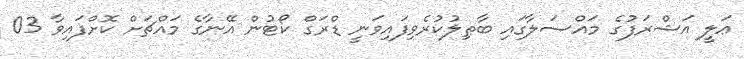
ޢަލީ އަޝްރަފުގެ މައްސަލާގައި ބާޠިލުކުރެވިފައިވަނީ ޑްރަގް ކޯޓުން އޭނާގެ މައްޗަށް ކޮށްފައިވާ 03